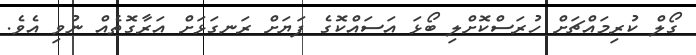
ގޯލް ކުރިމައްޗަށް ހުރަސްކޮށްލި ބޯޅަ އަސައްކޮގެ ފަޔަށް ރަނގަޅަށް އަރާގޮތެއް ނުވި އެވެ.